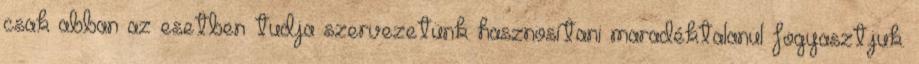
csak abban az esetben tudja szervezetünk hasznosítani maradéktalanul fogyasztjuk.